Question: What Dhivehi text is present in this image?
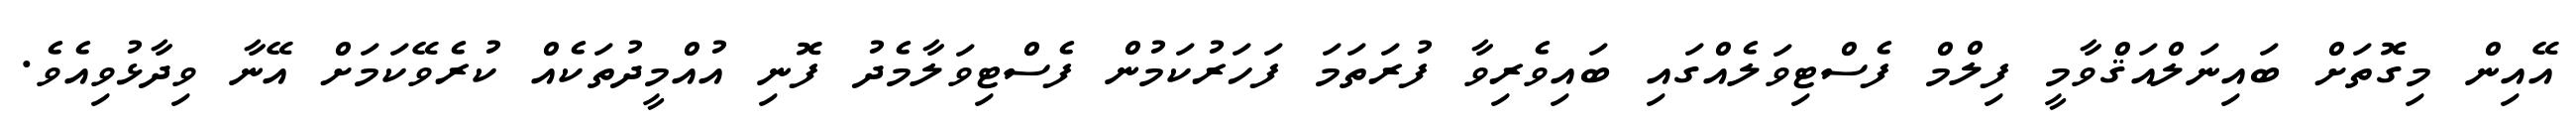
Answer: އޭއިން މިގޮތަށް ބައިނަލްއަޤްވާމީ ފިލްމް ފެސްޓިވަލެއްގައި ބައިވެރިވާ ފުރަތަމަ ފަހަރުކަމުން ފެސްޓިވަލާމެދު ފޮނި އުއްމީދުތަކެއް ކުރެވޭކަމަށް އޭނާ ވިދާޅުވިއެވެ.